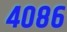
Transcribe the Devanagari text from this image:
४०८६